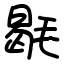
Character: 毼